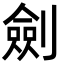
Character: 劍